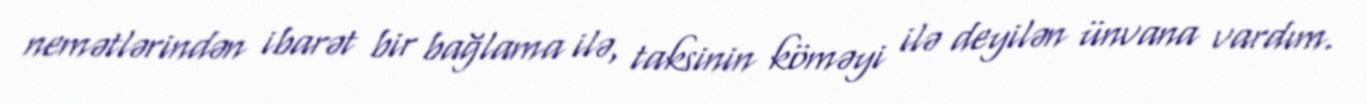
nemətlərindən ibarət bir bağlama ilə, taksinin köməyi ilə deyilən ünvana vardım.